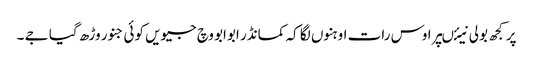
پر کجھ بولی نیئںپر اوس رات اوہنوں لگا کہ کمانڈر ابوابو وچ جیویں کوئی جنور وڑھ گیا جے ۔